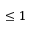
\leq 1